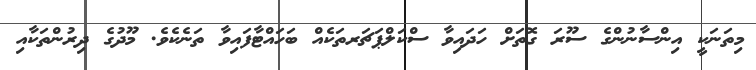
މިތަނަކީ އިންސާނުންގެ ސޫރަ ގޮތަށް ހަދައިވާ ސްކަލްޕަޗަރތަކެއް ބަހައްޓާފައިވާ ތަނެކެވެ. މޫދުގެ ދިރުންތަކާއި